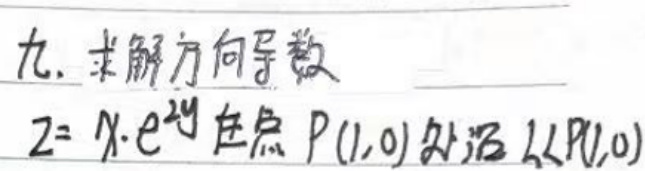
九、求解方向导数

\(z = y e ^ { x y }\)在点P(1,0)处沿l(从P到Q(2,1))